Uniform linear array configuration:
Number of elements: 24
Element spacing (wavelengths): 0.75
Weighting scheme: hamming
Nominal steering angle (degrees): -60
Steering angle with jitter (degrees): -60.507
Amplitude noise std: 0.05
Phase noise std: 0.05

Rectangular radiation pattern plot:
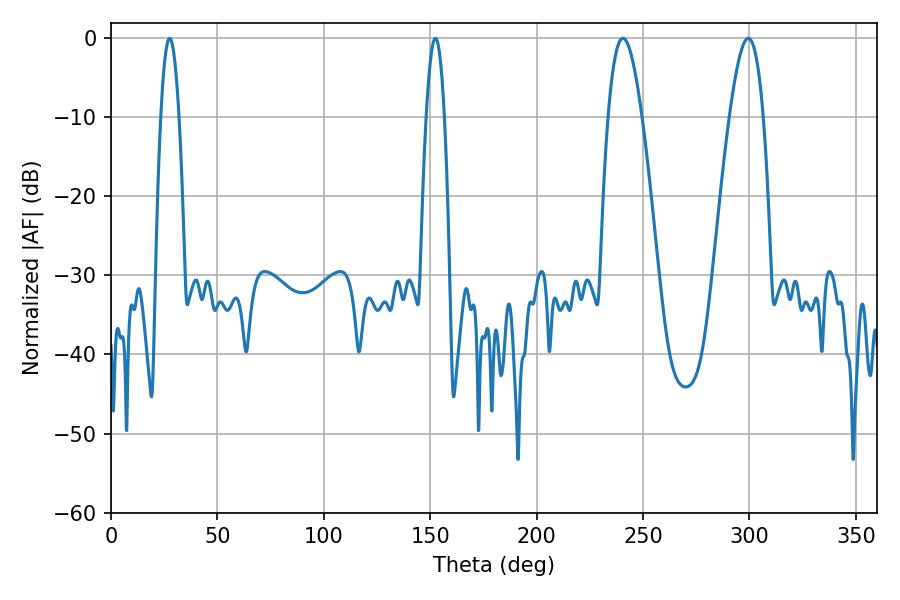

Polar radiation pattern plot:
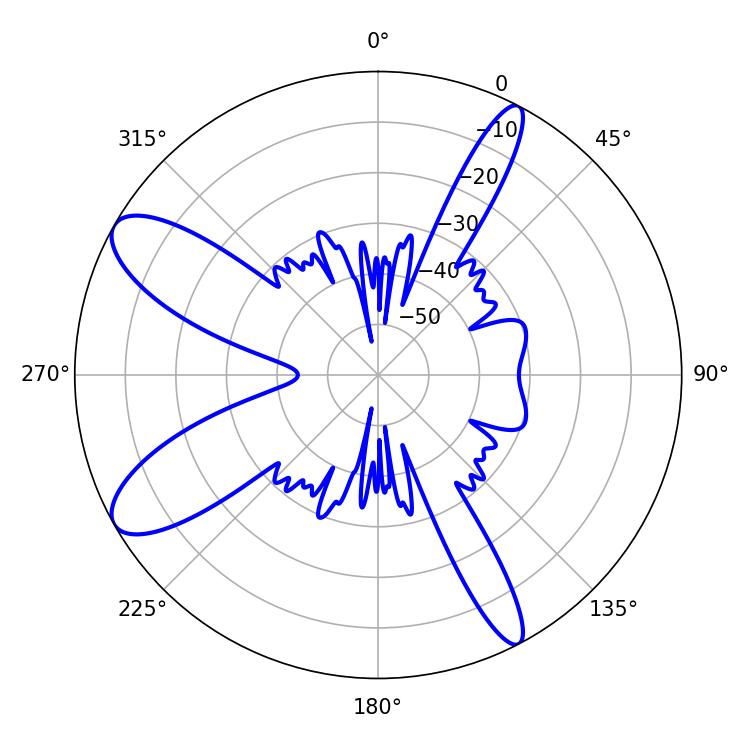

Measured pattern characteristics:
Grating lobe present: TRUE
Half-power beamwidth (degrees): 4.68
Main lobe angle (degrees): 27.54